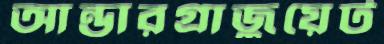
আন্ডারগ্রাজুয়েট